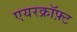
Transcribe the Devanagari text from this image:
एयरक्रॉफ़्ट